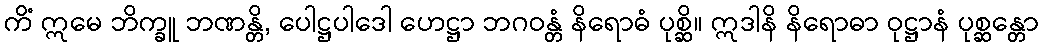
ကိံ ဣမေ ဘိက္ခူ ဘဏန္တိ, ပေါဋ္ဌပါဒေါ ဟေဋ္ဌာ ဘဂဝန္တံ နိရောဓံ ပုစ္ဆိ။ ဣဒါနိ နိရောဓာ ဝုဋ္ဌာနံ ပုစ္ဆန္တော